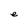
Character: e